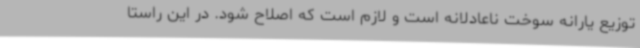
توزیع یارانه سوخت ناعادلانه است و لازم است که اصلاح شود. در این راستا